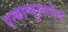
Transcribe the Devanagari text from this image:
एन्काप्सुलातेद